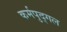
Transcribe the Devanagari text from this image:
कर्मपुद्गल